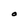
Character: O